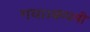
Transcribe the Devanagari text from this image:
गया।कंपनी